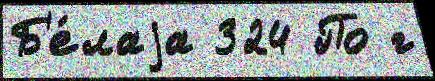
Б'е́лаjа 324 По г